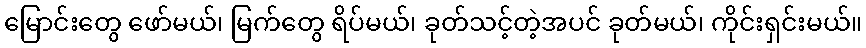
မြောင်းတွေ ဖော်မယ်၊ မြက်တွေ ရိပ်မယ်၊ ခုတ်သင့်တဲ့အပင် ခုတ်မယ်၊ ကိုင်းရှင်းမယ်။